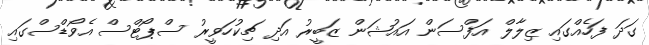
ގަދަ ފަހެއްގައި ޒިލާލް އަފްސަން އައުޝަން ޒަބީރު އަދި ޗިކުހަވީރު ސްޕޯޓްސް އެވޯޑްސްގައި